Leningradi_Edasi_toimetus, lk 147
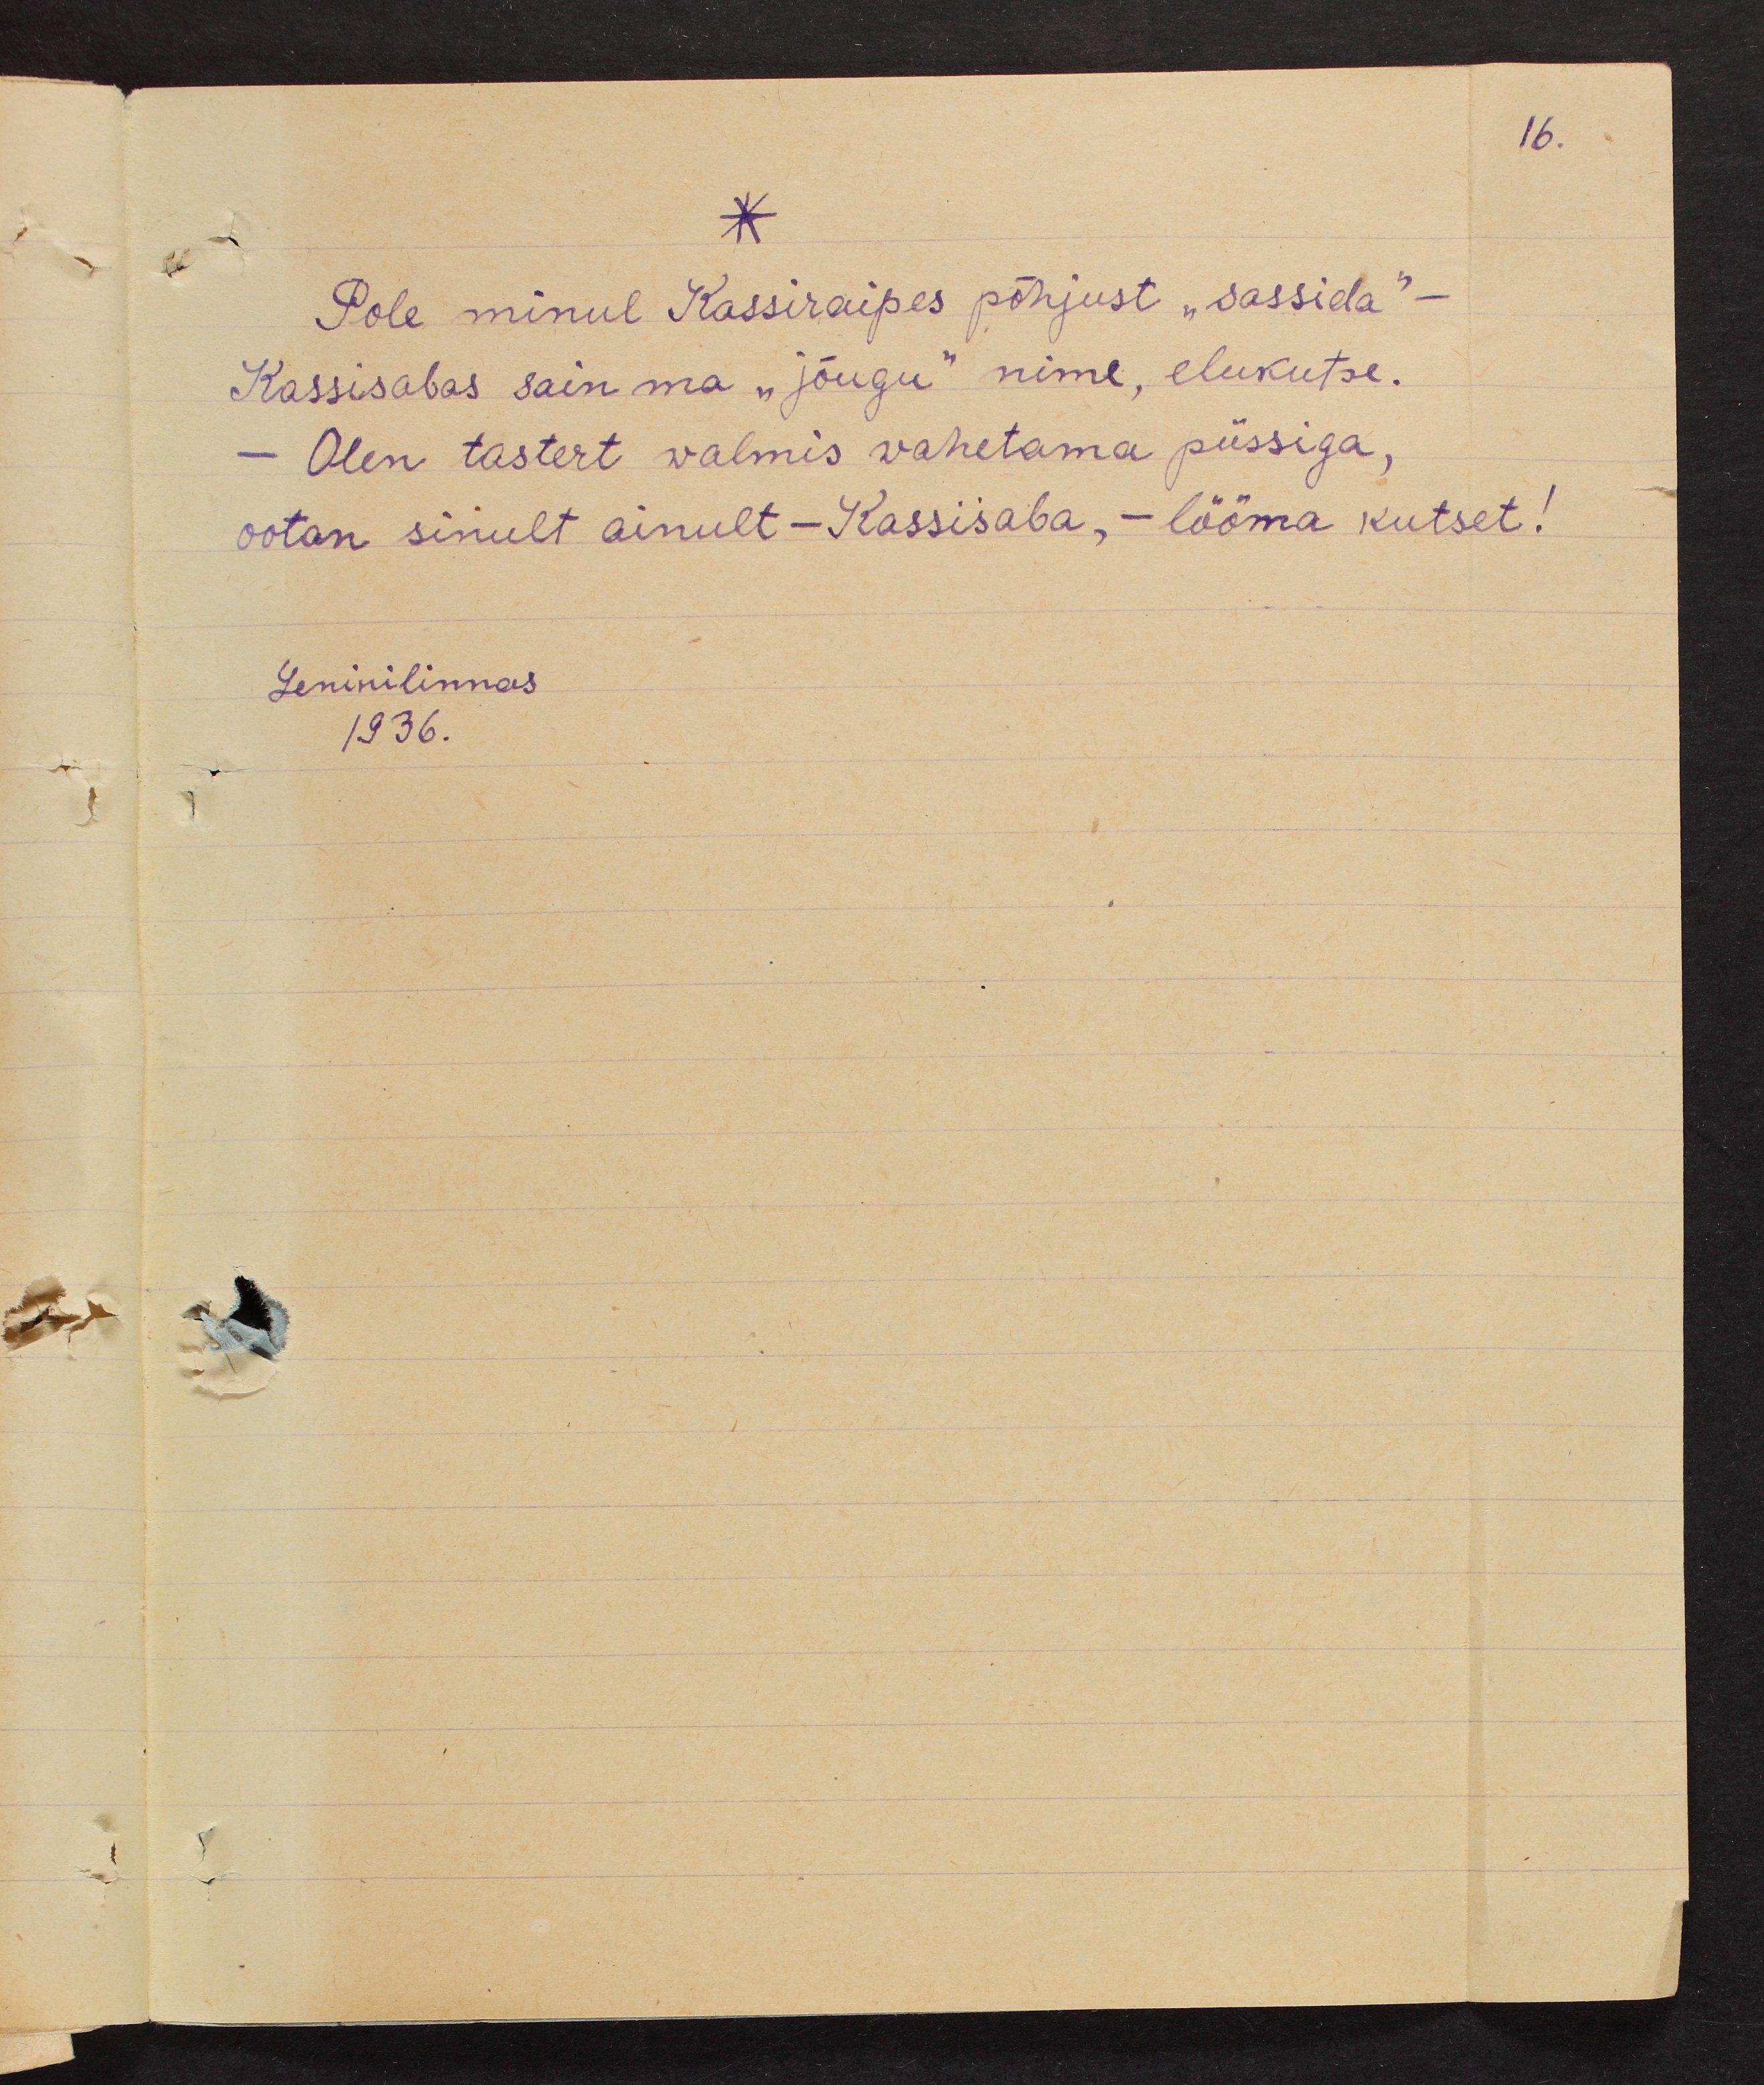
16.

Pole minul Kassiraipes põhjust "sassida"-
Kassisabas sain ma "jõugu" nime, elukutse.
- Olen tastert walmis wahetama püssiga,
ootan sinult ainult - Kassisaba, - lööma kutset!
Leninilinnas
1936.